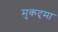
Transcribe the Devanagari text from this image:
मुकदृमा